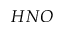
H N O